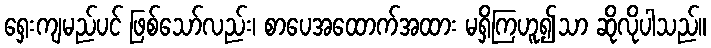
ရှေးကျမည်ပင် ဖြစ်သော်လည်း၊ စာပေအထောက်အထား မရှိကြဟူ၍သာ ဆိုလိုပါသည်။